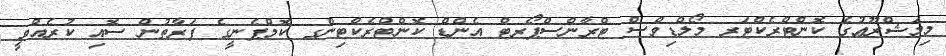
މިމަޝްރޫޢުގެ ކޮންޓްރެކްޓަރ މޯލްޑިވްސް ޓްރާންސްޕޯރޓް އެންޑް ކޮންޓްރެކްޓިންގ ކޮމްޕެނީގެ ފަރާތުން ސޮއި ކުރެއްވީ